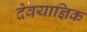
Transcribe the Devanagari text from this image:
देवयाज्ञिक